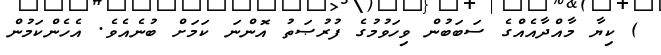
) ކިޔާ މާއްދާއެއްގެ ސަބަބުން ވިހަވުމުގެ ފުރުޞަތު އޮންނަ ކަމަށް ބުނެއެވެ. އެހެންކަމުން